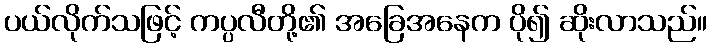
ပယ်လိုက်သဖြင့် ကပ္ပလီတို့၏ အခြေအနေက ပို၍ ဆိုးလာသည်။